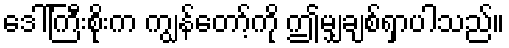
ဒေါ်ကြီးစိုးက ကျွန်တော့်ကို ဤမျှချစ်ရှာပါသည်။